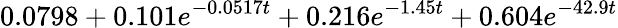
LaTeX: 0.0798+0.101e^{-0.0517t}+0.216e^{-1.45t}+0.604e^{-42.9t}